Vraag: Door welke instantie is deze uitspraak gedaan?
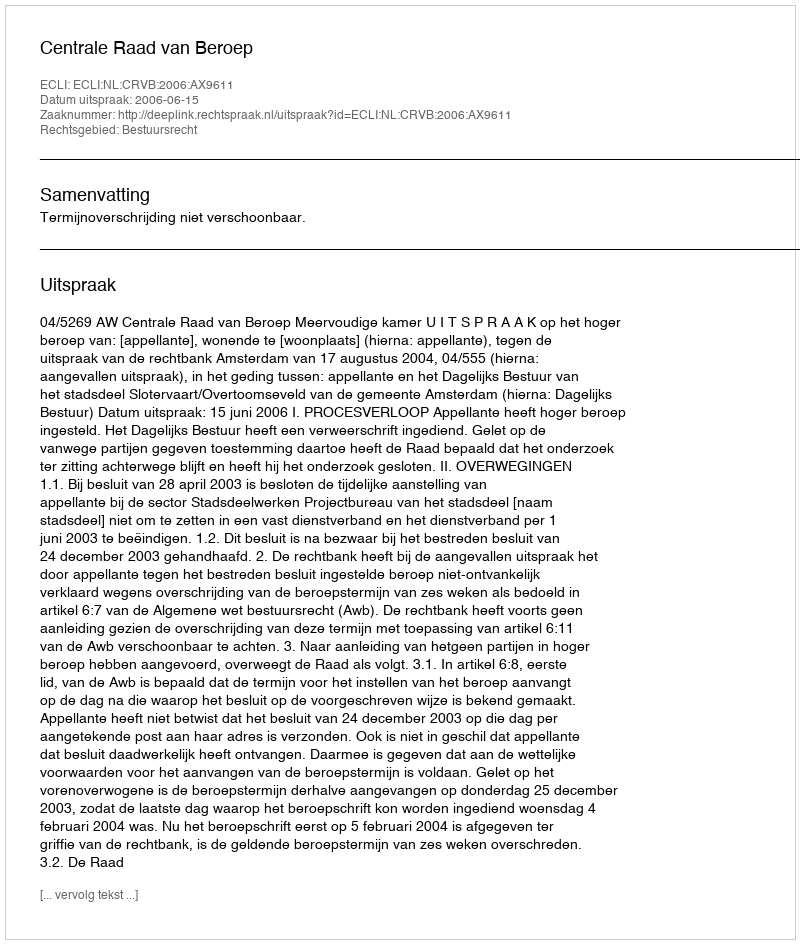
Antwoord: Centrale Raad van Beroep